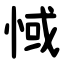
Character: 惐